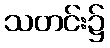
သတင်း၌